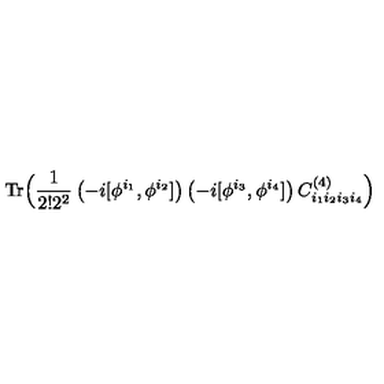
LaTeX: \mathrm { T r } \Big ( { \frac { 1 } { 2 ! 2 ^ { 2 } } } \left( - i [ \phi ^ { i _ { 1 } } , \phi ^ { i _ { 2 } } ] \right) \left( - i [ \phi ^ { i _ { 3 } } , \phi ^ { i _ { 4 } } ] \right) C _ { i _ { 1 } i _ { 2 } i _ { 3 } i _ { 4 } } ^ { ( 4 ) } \Big )